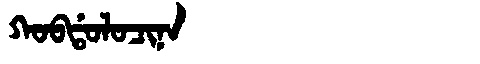
Manchu: ᡴᠣᠪᡩᠣᠯᠣᠴᡳᠨᠠ
Romanization: KOBDOLOCINA